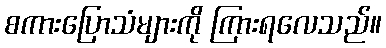
စကားပြောသံများကို ကြားရလေသည်။